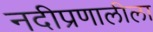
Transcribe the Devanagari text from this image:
नदीप्रणालीला